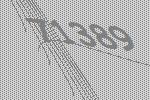
71389